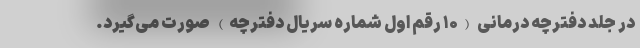
در جلد دفترچه درمانی (۱۰ رقم اول شماره سریال دفترچه) صورت می‌گیرد.